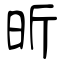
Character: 昕